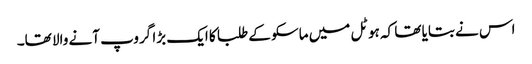
اس نے بتایا تھا کہ ہوٹل میں ماسکو کے طلبا کا ایک بڑا گروپ آنے والا تھا۔